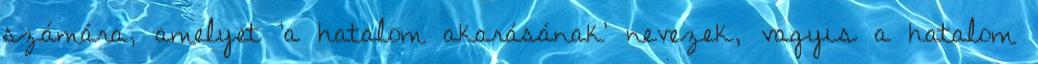
számára, amelyet ’a hatalom akarásának’ nevezek, vagyis a hatalom